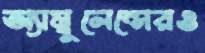
অ্যাম্বুলেন্সেরও